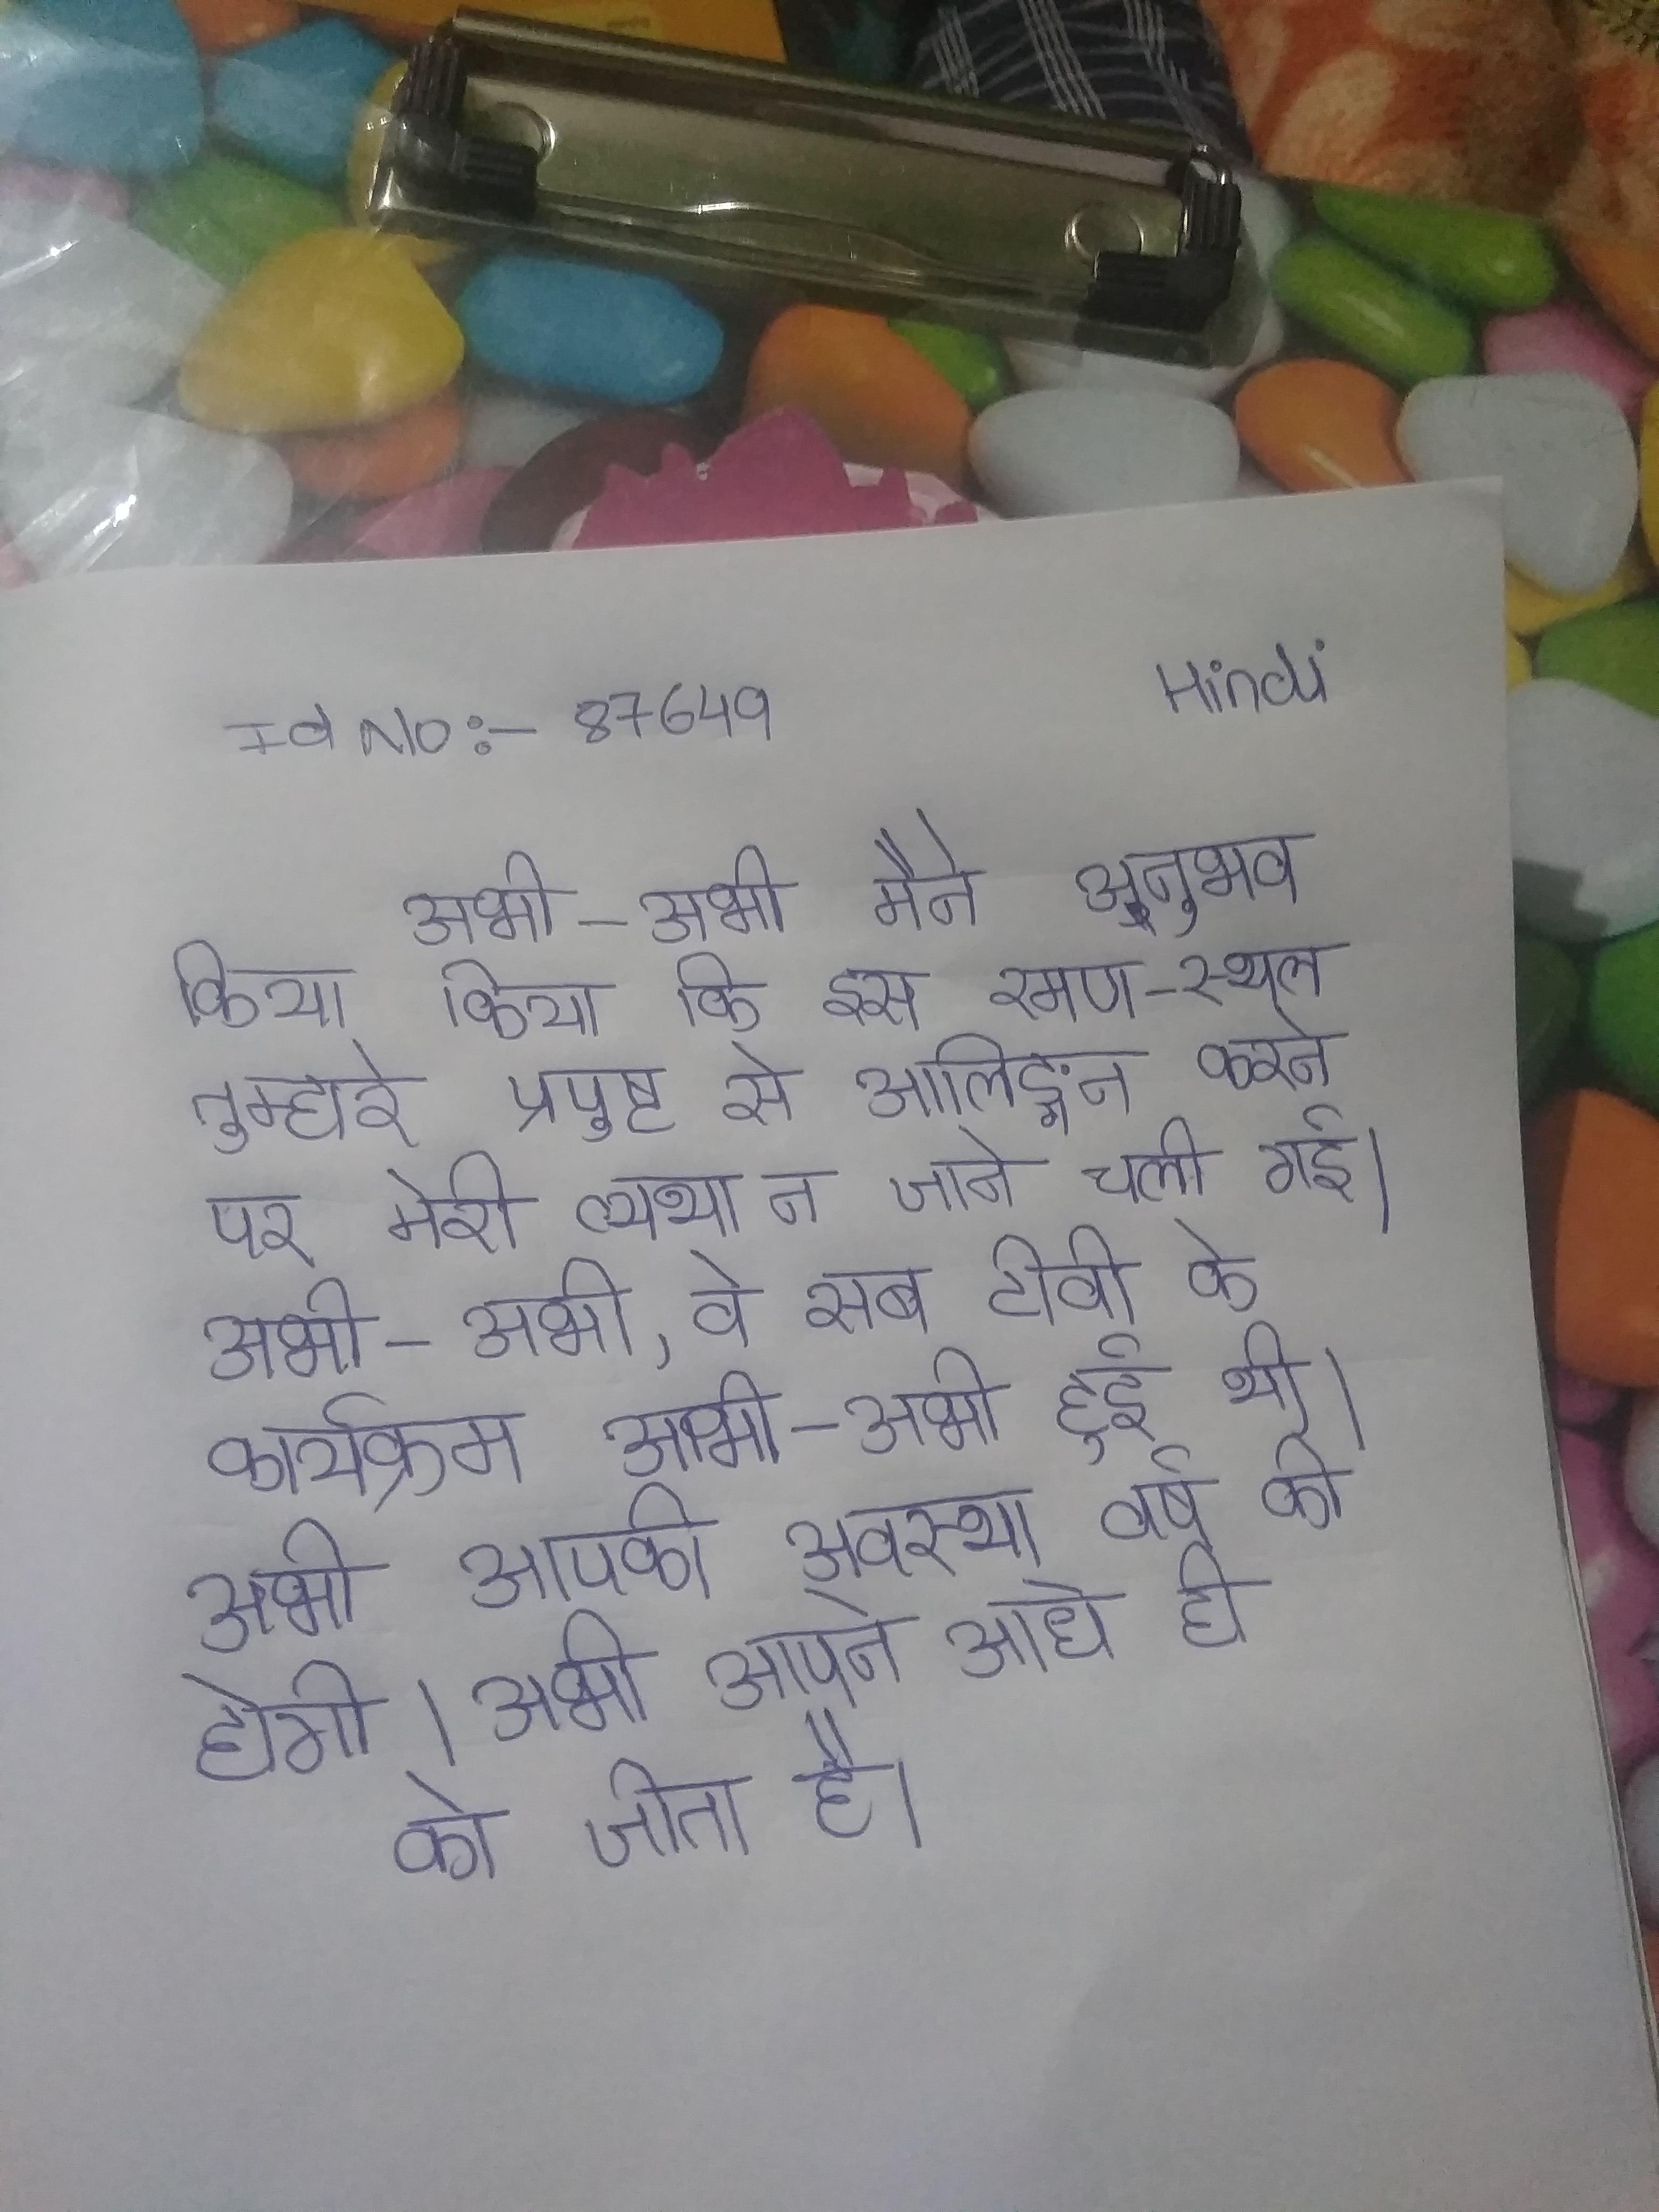
अभी-अभी मैने अनुभव किया कि इस रमण-स्थल तुम्हारे प्रपुष्ट से आलिङ्गन करने पर मेरी व्यथा न जाने चली गई । अभी-अभी, वे सब टीवी के कार्यक्रम अभी-अभी हुई थी । अभी आपकी अवस्था वर्ष की होगी । अभी आपने आधे ही को जीता है ।